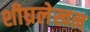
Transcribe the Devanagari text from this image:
शीघ्रलेखन